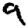
Digit: 9